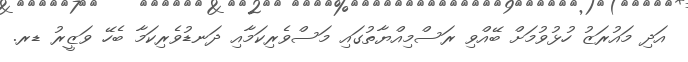
އަދި މައުރަޒު ހުޅުވުމަށް ބޭއްވި ރަސްމިއްޔާތުގައި މަސްވެރިކަމާއި ދަނޑުވެރިކަމާ ބެހޭ ވަޒީރު ޑރ.